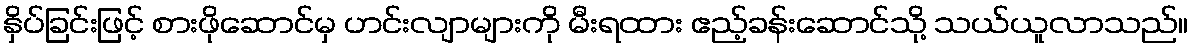
နှိပ်ခြင်းဖြင့် စားဖိုဆောင်မှ ဟင်းလျာများကို မီးရထား ဧည့်ခန်းဆောင်သို့ သယ်ယူလာသည်။